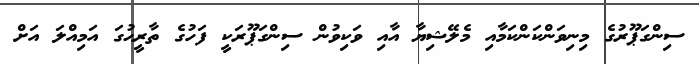
ސިންގަޕޫރުގެ މިނިވަންކަންކަމާއި މެލޭޝިޔާ އާއި ވަކިވުން ސިންގަޕޫރަކީ ފަހުގެ ތާރީޙުގަ އަމިއްލަ އަށް